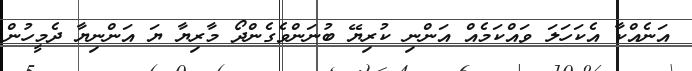
އަނެއްކާ އެކަހަލަ ވައްކަމެއް އަންނި ކުރިޔޭ ބުނަންވެގެންދޯ މާރިޔާ ޔަ އަންނިޔާ ދެމީހުން